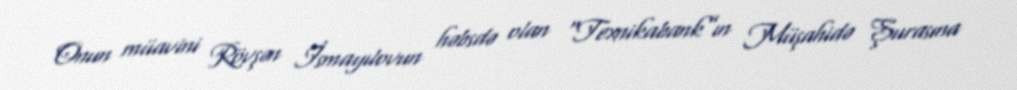
Onun müavini Rövşən İsmayılovun həbsdə olan “Texnikabank”ın Müşahidə Şurasına